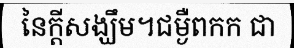
នៃក្តីសង្ឃឹម។ជម្ងឺពកក ជា